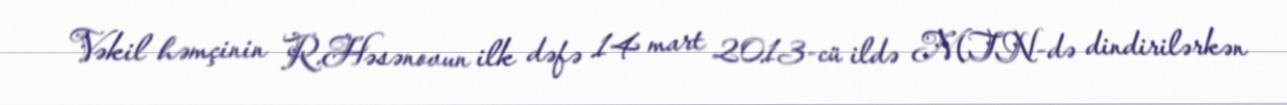
Vəkil həmçinin R.Həsənovun ilk dəfə 14 mart 2013-cü ildə MTN-də dindirilərkən